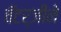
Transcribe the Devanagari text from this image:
चॅटर्जीने